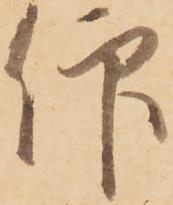
仰